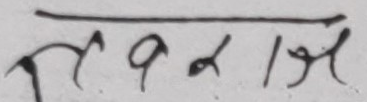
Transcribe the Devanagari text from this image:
तर १ । झ